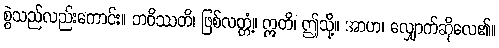
စွဲသည်လည်းကောင်း။ ဘဝိဿတိ၊ ဖြစ်လတ္တံ့။ ဣတိ၊ ဤသို့။ အာဟ၊ လျှောက်ဆိုလေ၏။